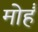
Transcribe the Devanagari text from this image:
मोहैं